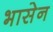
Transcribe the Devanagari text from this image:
भासेन